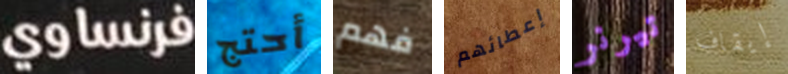
فرنساوي أحتج فهم إعطائهم تيرنر إيقاف